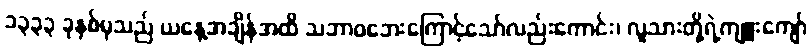
၁၃၃၃ ခုနှစ်မှသည် ယနေ့အချိန်အထိ သဘာဝဘေးကြောင့်သော်လည်းကောင်း၊ လူသားတို့ရဲ့ကျူးကျော်